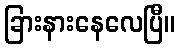
ခြားနားနေလေပြီ။